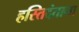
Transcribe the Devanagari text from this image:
हस्तिदंताना